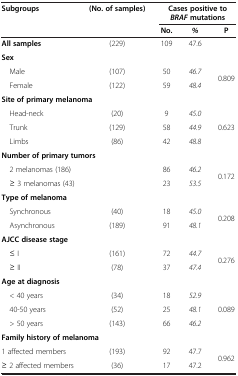
<table><thead><tr><td rowspan="2"><b>Subgroups</b></td><td rowspan="2"><b>(No. of samples)</b></td><td colspan="3"><b>Cases positive to <i>BRAF </i>mutations</b></td></tr><tr><td><b>No.</b></td><td><b><i>%</i></b></td><td><b>P</b></td></tr></thead><tbody><tr><td><b>All samples</b></td><td>(229)</td><td>109</td><td>47.6</td><td> </td></tr><tr><td colspan="2"><b>Sex</b></td><td colspan="2"> </td><td> </td></tr><tr><td> Male</td><td>(107)</td><td>50</td><td><i>46.7</i></td><td rowspan="2">0.809</td></tr><tr><td> Female</td><td>(122)</td><td>59</td><td><i>48.4</i></td></tr><tr><td colspan="2"><b>Site of primary melanoma</b></td><td colspan="2"> </td><td> </td></tr><tr><td> Head-neck</td><td>(20)</td><td>9</td><td><i>45.0</i></td><td rowspan="3">0.623</td></tr><tr><td> Trunk</td><td>(129)</td><td>58</td><td><i>44.9</i></td></tr><tr><td> Limbs</td><td>(86)</td><td>42</td><td><i>48.8</i></td></tr><tr><td colspan="2"><b>Number of primary tumors</b></td><td colspan="2"> </td><td> </td></tr><tr><td> 2 melanomas (186)</td><td> </td><td>86</td><td><i>46.2</i></td><td rowspan="2">0.172</td></tr><tr><td> ≥ 3 melanomas (43)</td><td> </td><td>23</td><td><i>53.5</i></td></tr><tr><td colspan="2"><b>Type of melanoma</b></td><td colspan="2"> </td><td> </td></tr><tr><td> Synchronous</td><td>(40)</td><td>18</td><td><i>45.0</i></td><td rowspan="2">0.208</td></tr><tr><td> Asynchronous</td><td>(189)</td><td>91</td><td><i>48.1</i></td></tr><tr><td colspan="2"><b>AJCC disease stage</b></td><td colspan="2"> </td><td> </td></tr><tr><td> ≤ I</td><td>(161)</td><td>72</td><td><i>44.7</i></td><td rowspan="2">0.276</td></tr><tr><td> ≥ II</td><td>(78)</td><td>37</td><td><i>47.4</i></td></tr><tr><td colspan="2"><b>Age at diagnosis</b></td><td colspan="2"> </td><td> </td></tr><tr><td> &lt; 40 years</td><td>(34)</td><td>18</td><td><i>52.9</i></td><td rowspan="3">0.089</td></tr><tr><td> 40-50 years</td><td>(52)</td><td>25</td><td><i>48.1</i></td></tr><tr><td> &gt; 50 years</td><td>(143)</td><td>66</td><td><i>46.2</i></td></tr><tr><td colspan="2"><b>Family history of melanoma</b></td><td colspan="2"> </td><td> </td></tr><tr><td>1 affected members</td><td>(193)</td><td>92</td><td>47.7</td><td rowspan="2">0.962</td></tr><tr><td>≥ 2 affected members</td><td>(36)</td><td>17</td><td>47.2</td></tr></tbody></table>